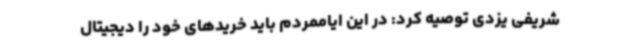
شریفی یزدی توصیه کرد: در این ایاممردم باید خریدهای خود را دیجیتال